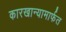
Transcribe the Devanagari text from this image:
कारखान्यामार्फत